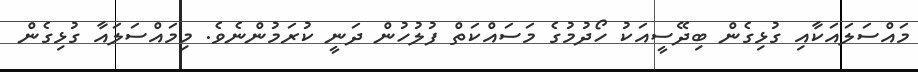
މައްސަލައަކާއި ގުޅިގެން ބިދޭސީއަކު ހޯދުމުގެ މަސައްކަތް ފުލުހުން ދަނީ ކުރަމުންނެވެ. މިމައްސަލައާ ގުޅިގެން